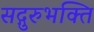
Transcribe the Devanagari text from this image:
सद्गुरुभक्ति